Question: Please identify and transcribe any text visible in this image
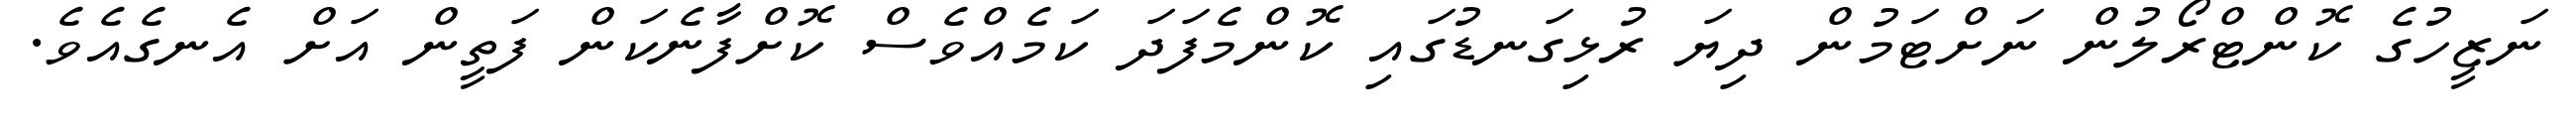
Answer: ނަޒީހުގެ ކޮންޓްރޯލުން ނަށްޓަމުން ދިޔަ ރުޅިގަނޑުގައި ކޮންމެފަދަ ކަމެއްވެސް ކޮށްފާނެކަން ފަތީން އަށް އެނގެއެވެ.